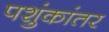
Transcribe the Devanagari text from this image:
पशुंकांतर